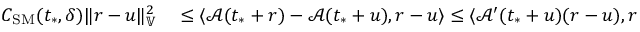
\begin{array} { r l } { C _ { \mathrm { S M } } ( t _ { * } , \delta ) \| r - u \| _ { \mathbb { V } } ^ { 2 } } & { { } \le \langle \mathcal { A } ( t _ { * } + r ) - \mathcal { A } ( t _ { * } + u ) , r - u \rangle \le \langle \mathcal { A } ^ { \prime } ( t _ { * } + u ) ( r - u ) , r - u \rangle + \frac { 1 } { 2 } M _ { \delta } \| r - u \| _ { \mathbb { V } } ^ { 3 } . } \end{array}